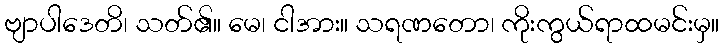
ဗျာပါဒေတိ၊ သတ်၏။ မေ၊ ငါအား။ သရဏတော၊ ကိုးကွယ်ရာထမင်းမှ။